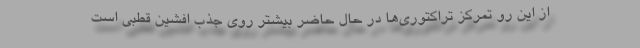
از این رو تمرکز تراکتوری‌ها در حال حاضر بیشتر روی جذب افشین قطبی است